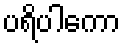
ပရိပါကော